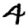
Digit: 4